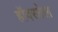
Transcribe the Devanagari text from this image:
हॉवरडेल